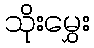
သိုးမွှေး